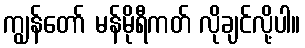
ကျွန်တော် မန်မိုရီကတ် လိုချင်လို့ပါ။